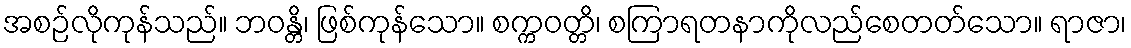
အစဉ်လိုကုန်သည်။ ဘဝန္တိ၊ ဖြစ်ကုန်သော။ စက္ကဝတ္တိ၊ စကြာရတနာကိုလည်စေတတ်သော။ ရာဇာ၊